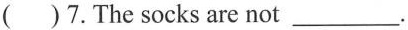
( )7.The socks are not ___